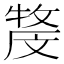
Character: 𤚓